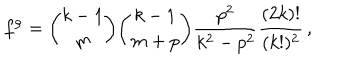
LaTeX: f ^ { \rho } = { \binom { k - 1 } { m } } { \binom { k - 1 } { m + p } } { \frac { p ^ { 2 } } { k ^ { 2 } - p ^ { 2 } } } { \frac { ( 2 k ) ! } { ( k ! ) ^ { 2 } } } \, ,